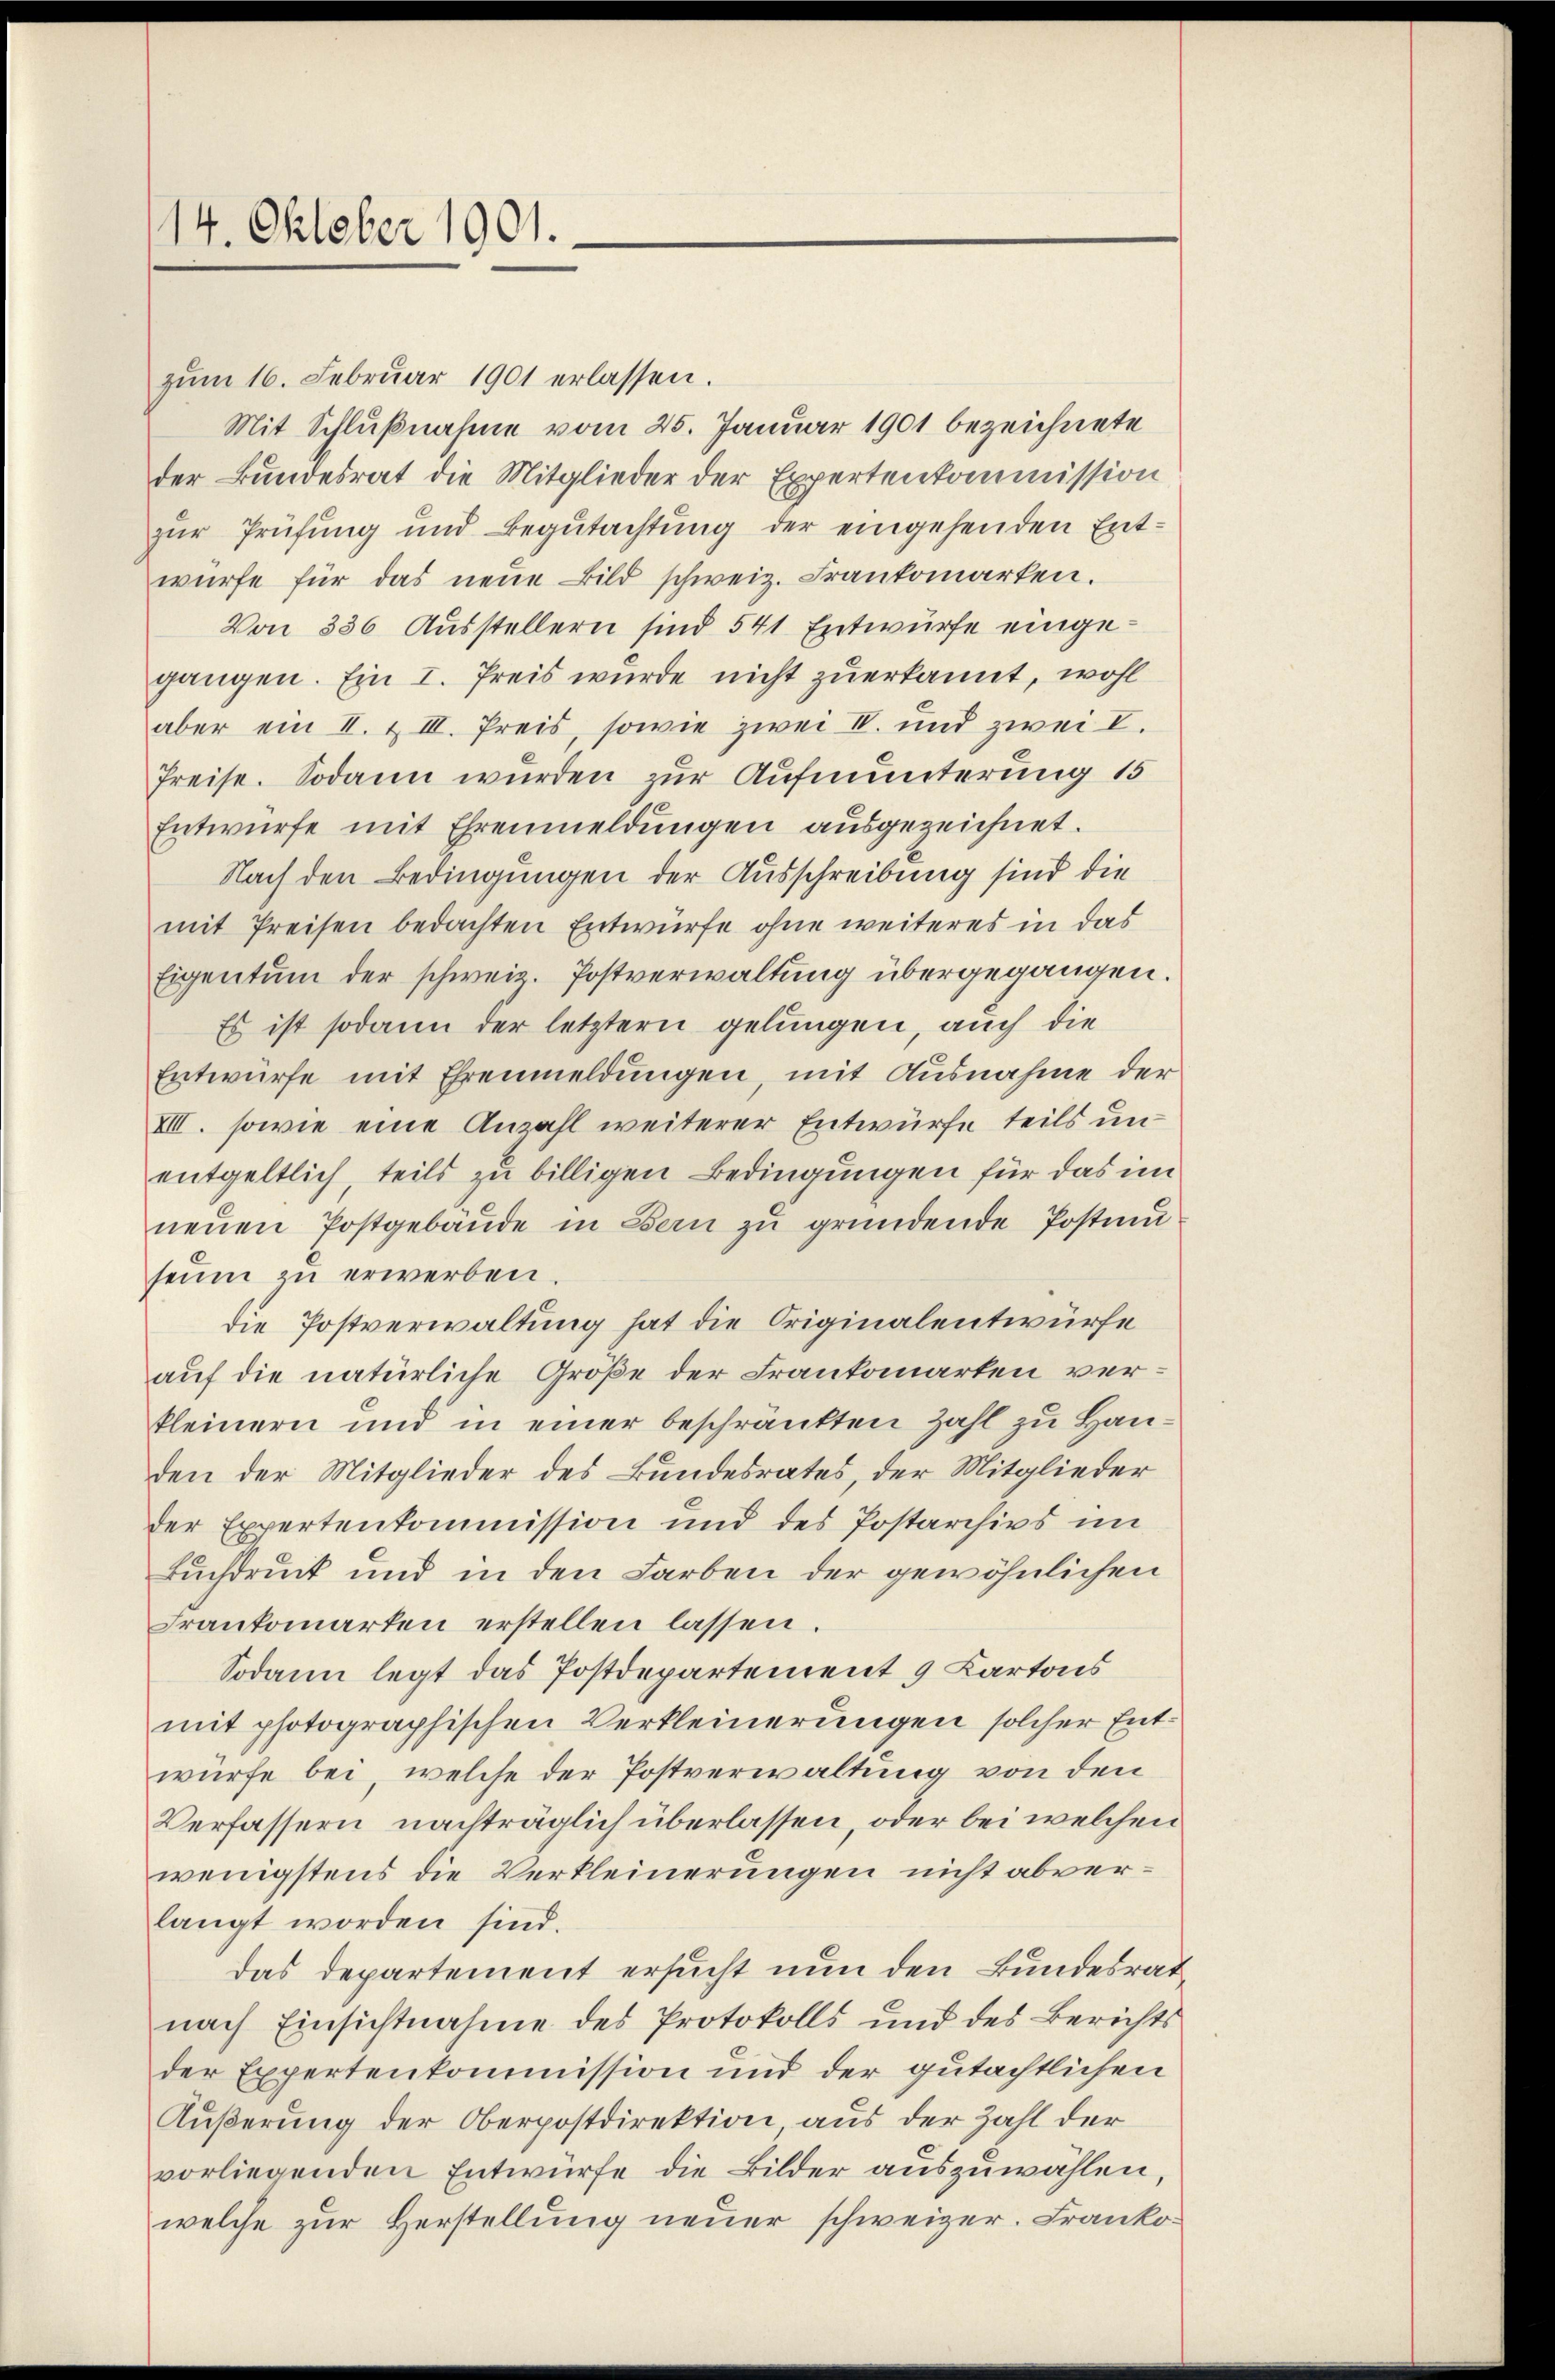
14. Oktober 1901.

zŭm 16. Februar 1901 erlassen.
Mit Schlußnahme vom 25. Januar 1901 bezeichnete
der Bundesrat die Mitglieder der Expertenkommission
zur Prüfung und Begutachtung der eingehenden Entwürfe für das neŭe Bild schweiz. Frankomarten.
Von 336 Ausstellern sind 541 Entwürfe eingegangen. Ein I. Preis wurde nicht zuerkannt, wohl
aber ein II. & III. Preis, sowie zwei II. und zwei I.
Preise. Sodann wurden zur Aufmunterung 15
Entwürfe mit Ehrenmeldŭngen ausgezeichnet.
Nach den Bedingungen der Ausschreibung sind die
mit Preisen bedachten Entwürfe ohne weiteres in das
Eigentum der schweiz. Postverwaltung übergegangen.
Es ist sodann der letztern gelungen, auch die
Entwürfe mit Ehrenmeldŭngen, mit Ausnahme der
VIII. sowie eine Anzahl weiterer Entwürfe, teils unentgeltlich, teils zu billigen Bedingungen für das im
neŭen Postgebäŭde in Bern zu gründende Postmuseum zu erwerben.
die Postverwaltung hat die Originalentwürfe
auf die natürliche Größe der Frankomarten verkleinern und in einer beschränkten Zahl zu Handen der Mitglieder des Bundesrates, der Mitglieder
der Expertenkommission und des Postarchivs im
Buchdruck und in den Farben der gewöhnlichen
Frankomarten erstellen lassen.
Sodann legt das Postdepartement 9 Kartons
mit photographischen Verkleinerungen solcher Entwürfe bei, welche der Postverwaltung von den
Verfassern nachträglich überlassen, oder bei welchen
wenigstens die Verkleinerungen nicht abverlangt worden sind.
das Departement ersucht nun den Bundesrat
nach Einsichtnahme des Protokolls und des Berichts
der Expertenkommission und der gutächtlichen
Äußerung der Oberpostdirektion aus der Zahl der
vorliegenden Entwürfe die Bilder auszuwählen,
welche zur Herstellung neuer schweizer. Franko¬